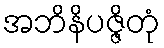
အဘိနိပဇ္ဇိတုံ